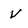
Character: v